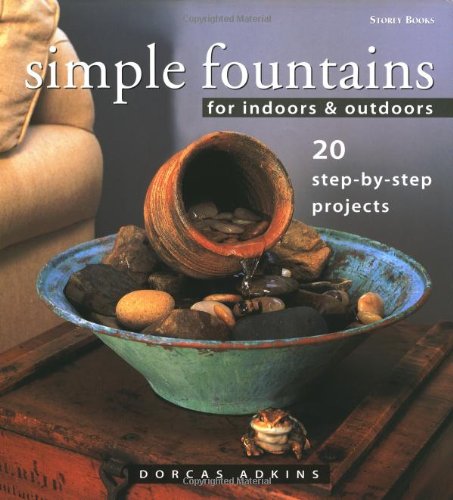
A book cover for Simple Fountains for Indoors & Outdoors: 20 Step-By-Step Projects; Dorcas Adkins; Crafts, Hobbies & Home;